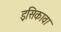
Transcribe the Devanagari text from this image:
इसिकावा